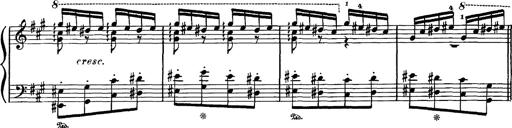
Title: Hungarian Rhapsody No.16
Composer: Franz Liszt
Key: A minor